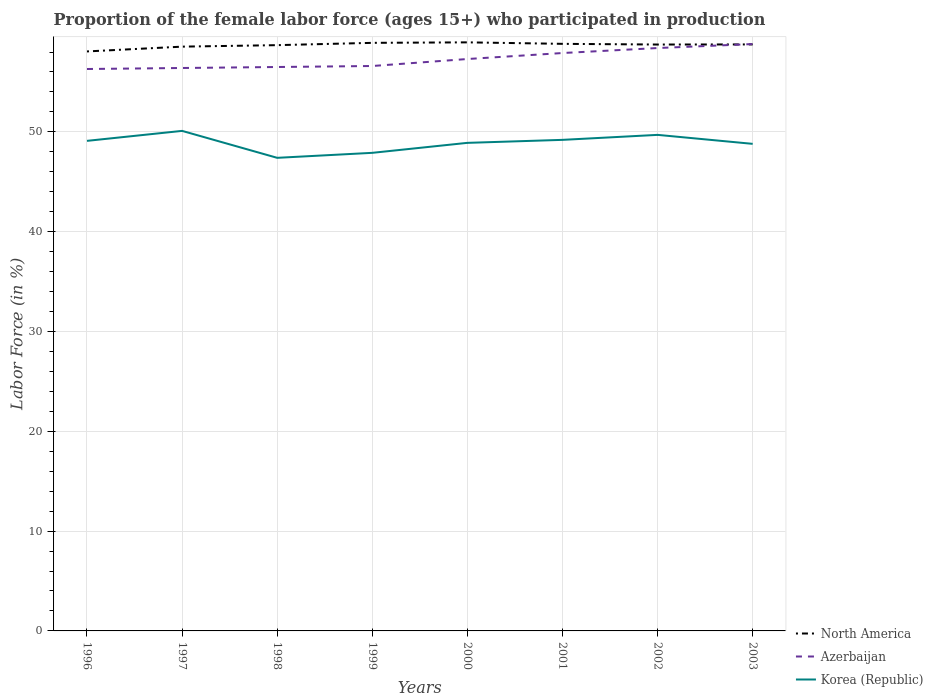
| Years | North America | Azerbaijan | Korea (Republic) |
 | --- | --- | --- | --- |
 | 1996 | 58.1 | 56.3 | 49.1 |
 | 1997 | 58.5 | 56.4 | 50.1 |
 | 1998 | 58.7 | 56.5 | 47.4 |
 | 1999 | 58.9 | 56.6 | 47.9 |
 | 2000 | 59 | 57.3 | 48.9 |
 | 2001 | 58.8 | 57.9 | 49.2 |
 | 2002 | 58.8 | 58.4 | 49.7 |
 | 2003 | 58.8 | 58.8 | 48.8 |